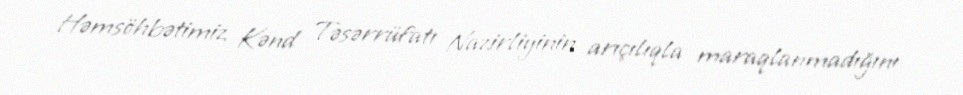
Həmsöhbətimiz Kənd Təsərrüfatı Nazirliyinin arıçılıqla maraqlanmadığını